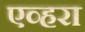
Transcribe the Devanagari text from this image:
एव्हरा